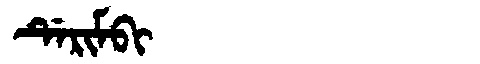
Manchu: ᡩᡝᡵᡳᠮᠪᡳ
Romanization: DERIMBI